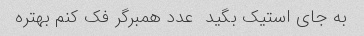
به جای استیک بگید  عدد همبرگر فک کنم بهتره